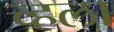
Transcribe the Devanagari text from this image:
च्हला